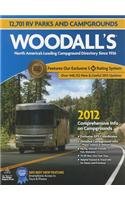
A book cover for Woodall's North American Campground Directory, 2012 (Good Sam RV Travel Guide & Campground Directory); Woodall's Publications Corp.; Travel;